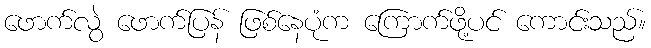
ဖောက်လွဲ ဖောက်ပြန် ဖြစ်နေပုံက ကြောက်ဖို့ပင် ကောင်းသည်။